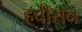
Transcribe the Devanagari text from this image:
हचीसन